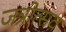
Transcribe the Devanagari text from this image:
जत्रोत्सव